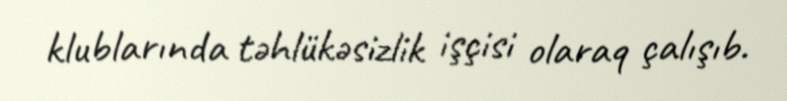
klublarında təhlükəsizlik işçisi olaraq çalışıb.